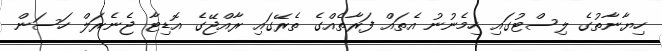
ހިޔާނާތުގެ ލިސްޓުގައި ހިމެނުނު އެތައް ފަރާތެއްގެ ތެރޭގައި ރާއްޖޭގެ އޮޑިޓާ ޖެނެރަލް ހަސަން